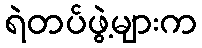
ရဲတပ်ဖွဲ့များက